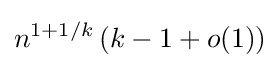
n^{1+1/k}\left(k-1+o(1)\right)